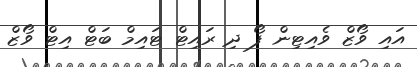
އައި ވޯޒް ވެއިޓިން ފޯ ދި ރައިޓް ޓައިމް ބަޓް އިޓް ވޯޒް